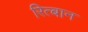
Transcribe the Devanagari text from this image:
रित्बान